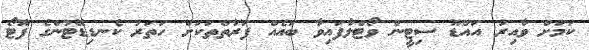
ކަމަށް ވާއިރު އައްޑޫ ސިޓީން ވޯޓްލާފައިވާ ބައެއް ފަރާތްތަކަށް ހަތަރު ކެނޑިޑޭޓުންގެ ފޮޓޯ